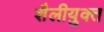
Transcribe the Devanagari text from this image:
शैलीयुक्त